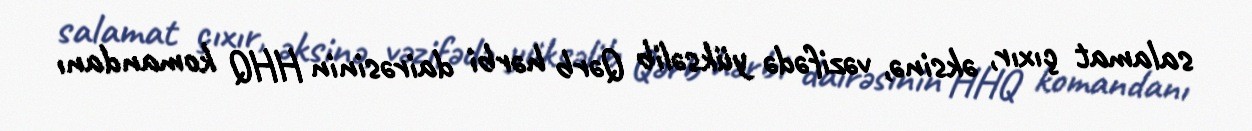
salamat çıxır, əksinə, vəzifədə yüksəlib Qərb hərbi dairəsinin HHQ komandanı